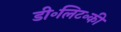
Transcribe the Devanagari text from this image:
डी॰लिट॰की